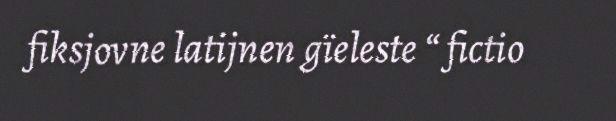
fiksjovne latijnen gïeleste “ fictio